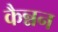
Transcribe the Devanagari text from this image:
कैन्नन